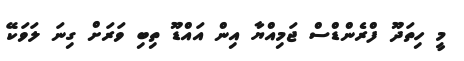
މީ ހިތަދޫ ފްރެންޑްސް ޖަމިއްޔާ އިން އައްޑޫ ތިބި ވަރަށް ގިނަ ލަވަކޭ